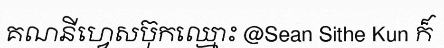
គណនីហ្វេសប៊ុកឈ្មោះ @Sean Sithe Kun ក៏